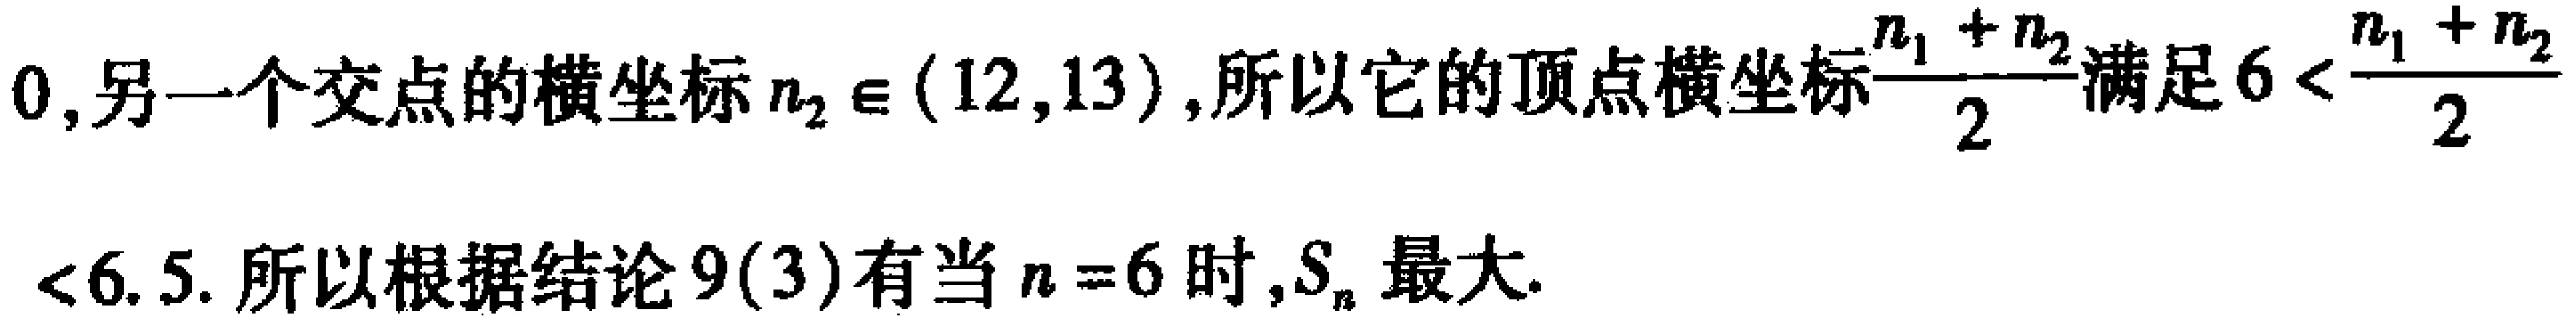
$0,另一个交点的横坐标n_{2}\in(12,13),所以它的顶点横坐标\frac{n_{1} + n_{2}}{2}满足6 < \frac{n_{1} + n_{2}}{2}$
$< 6.5. 所以根据结论9(3)有当n = 6时,S_{n}最大.$